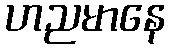
ဟညမာနေ